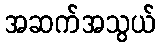
အဆက်အသွယ်